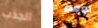
الجذب لومه